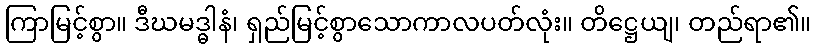
ကြာမြင့်စွာ။ ဒီဃမဒ္ဓါနံ၊ ရှည်မြင့်စွာသောကာလပတ်လုံး။ တိဋ္ဌေယျ၊ တည်ရာ၏။